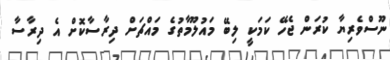
ނޫސްވެރިޔާ ކުރަން ޖެހޭ ކަމަކީ ލިބޭ މައުލޫމާތުގެ މައްޗަށް ދިރާސާކޮށް އެ ދިރާސާ